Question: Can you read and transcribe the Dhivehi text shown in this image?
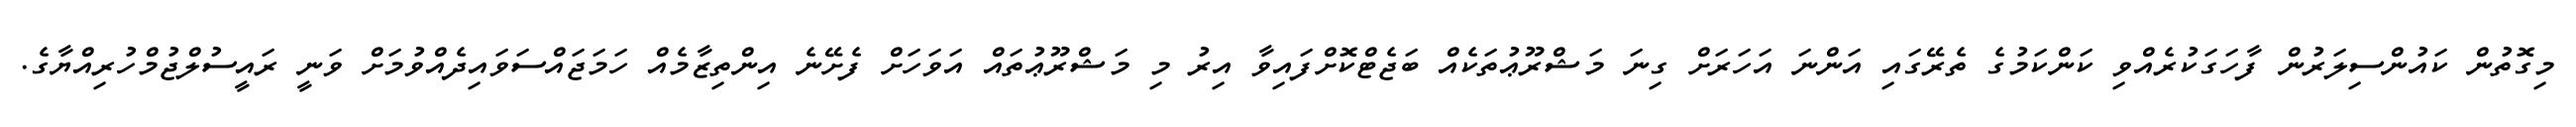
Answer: މިގޮތުން ކައުންސިލަރުން ފާހަގަކުރެއްވި ކަންކަމުގެ ތެރޭގައި އަންނަ އަހަރަށް ގިނަ މަޝްރޫޢުތަކެއް ބަޖެޓްކޮށްފައިވާ އިރު މި މަޝްރޫޢުތައް އަވަހަށް ފެށޭނެ އިންތިޒާމެއް ހަމަޖައްސަވައިދެއްވުމަށް ވަނީ ރައީސުލްޖުމްހުރިއްޔާގެ.